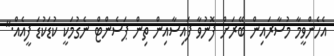
އެހެންވީމާ މުސާރައިން ބޭރަށް ފޮނުވާ ފައިސާއިން ތިން ޕަސެންޓް ނެގުމަކީ ކުޑަކުޑަ ފީއެއް."